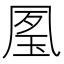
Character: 㓘